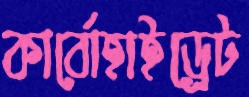
কার্বোহাইড্রেট